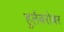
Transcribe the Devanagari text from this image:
हुलेंबरोबर